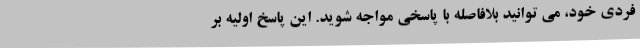
فردی خود، می توانید بلافاصله با پاسخی مواجه شوید. این پاسخ اولیه بر